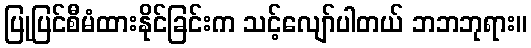
ပြုပြင်စီမံထားနိုင်ခြင်းက သင့်လျော်ပါတယ် ဘဘဘုရား။